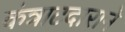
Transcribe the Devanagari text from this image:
कंत्राटदाराने